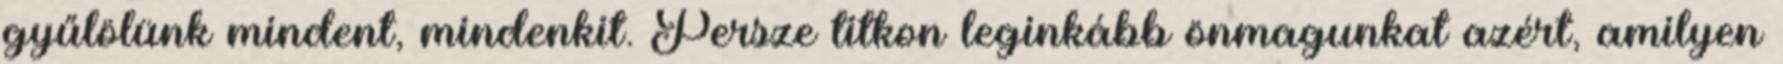
gyűlölünk mindent, mindenkit. Persze titkon leginkább önmagunkat azért, amilyen